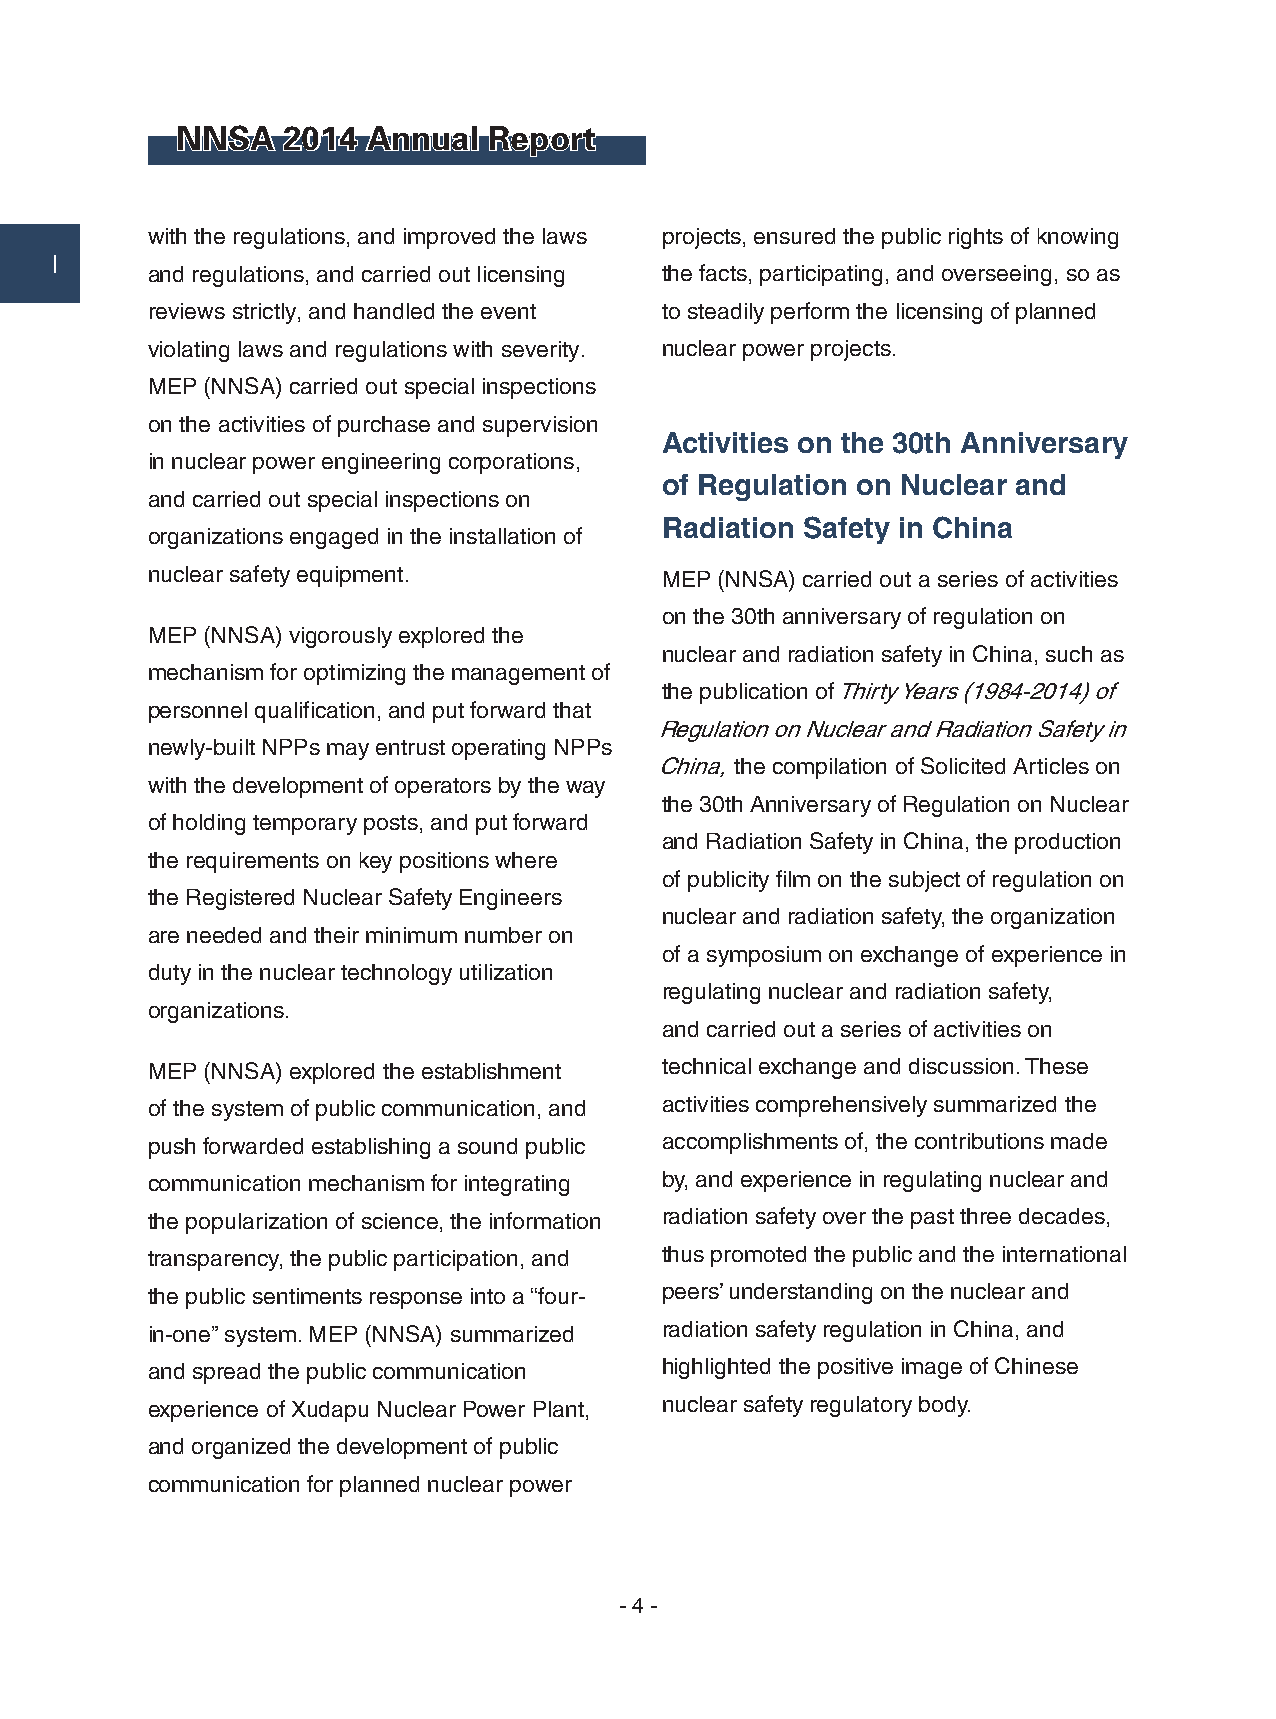
NNSA   2014 Annual  Report
 with the regulations, and improved the laws projects, ensured the public rights of knowing
 Ⅰ
 and regulations, and carried out licensing the facts, participating, and overseeing, so as
 reviews strictly, and handled the event to steadily perform the licensing of planned
 violating laws and regulations with severity. nuclear power projects.
 MEP (NNSA) carried out special inspections
 on the activities of purchase and supervision
 Activities on the 30th Anniversary
 in nuclear power engineering corporations,
 of Regulation on Nuclear and
 and carried out special inspections on
 Radiation Safety in China
 organizations engaged in the installation of
 nuclear safety equipment.         MEP (NNSA) carried out a series of activities
 on the 30th anniversary of regulation on
 MEP (NNSA) vigorously explored the
 nuclear and radiation safety in China, such as
 mechanism for optimizing the management of
 the publication of Thirty Years (1984-2014) of
 personnel qualification, and put forward that
 Regulation on Nuclear and Radiation Safety in
 newly-built NPPs may entrust operating NPPs
 China, the compilation of Solicited Articles on
 with the development of operators by the way
 the 30th Anniversary of Regulation on Nuclear
 of holding temporary posts, and put forward
 and Radiation Safety in China, the production
 the requirements on key positions where
 of publicity film on the subject of regulation on
 the Registered Nuclear Safety Engineers
 nuclear and radiation safety, the organization
 are needed and their minimum number on
 of a symposium on exchange of experience in
 duty in the nuclear technology utilization
 regulating nuclear and radiation safety,
 organizations.
 and carried out a series of activities on
 MEP (NNSA) explored the establishment technical exchange and discussion. These
 of the system of public communication, and activities comprehensively summarized the
 push forwarded establishing a sound public accomplishments of, the contributions made
 communication mechanism for integrating by, and experience in regulating nuclear and
 the popularization of science, the information radiation safety over the past three decades,
 transparency, the public participation, and thus promoted the public and the international
 the public sentiments response into a “four- peers’ understanding on the nuclear and
 in-one” system. MEP (NNSA) summarized radiation safety regulation in China, and
 and spread the public communication highlighted the positive image of Chinese
 experience of Xudapu Nuclear Power Plant, nuclear safety regulatory body.
 and organized the development of public
 communication for planned nuclear power
 - 4 -